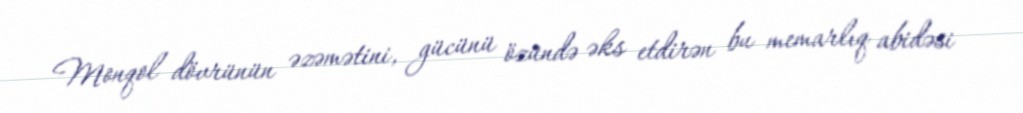
Monqol dövrünün əzəmətini, gücünü özündə əks etdirən bu memarlıq abidəsi